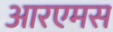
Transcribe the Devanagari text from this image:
आरएमस